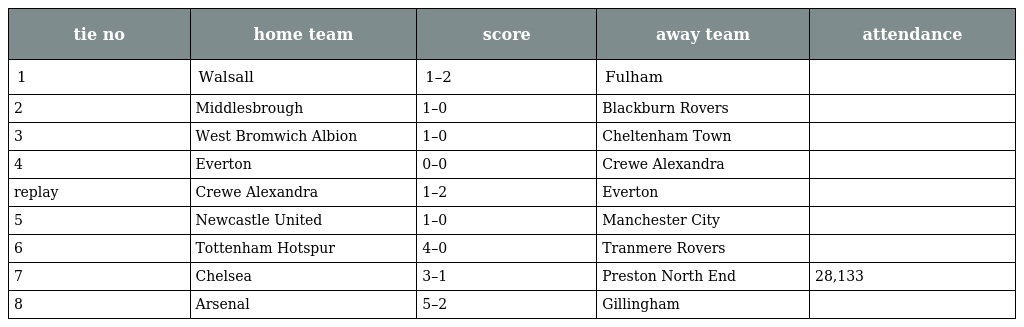
| tie no | home team | score | away team | attendance |
 | --- | --- | --- | --- | --- |
 | 1 | Walsall | 1–2 | Fulham |  |
 | 2 | Middlesbrough | 1–0 | Blackburn Rovers |  |
 | 3 | West Bromwich Albion | 1–0 | Cheltenham Town |  |
 | 4 | Everton | 0–0 | Crewe Alexandra |  |
 | replay | Crewe Alexandra | 1–2 | Everton |  |
 | 5 | Newcastle United | 1–0 | Manchester City |  |
 | 6 | Tottenham Hotspur | 4–0 | Tranmere Rovers |  |
 | 7 | Chelsea | 3–1 | Preston North End | 28,133 |
 | 8 | Arsenal | 5–2 | Gillingham |  |